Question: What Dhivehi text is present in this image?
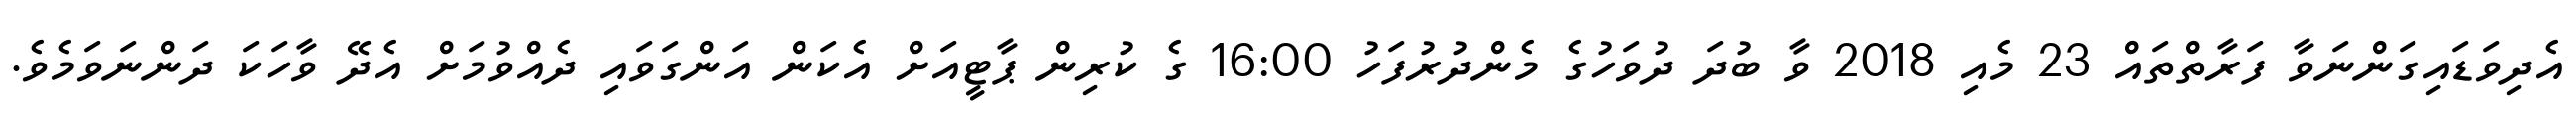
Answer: އެދިވަޑައިގަންނަވާ ފަރާތްތައް 23 މެއި 2018 ވާ ބުދަ ދުވަހުގެ މެންދުރުފަހު 16:00 ގެ ކުރިން ޕާޓީއަށް އެކަން އަންގަވައި ދެއްވުމަށް އެދޭ ވާހަކަ ދަންނަވަމެވެ.